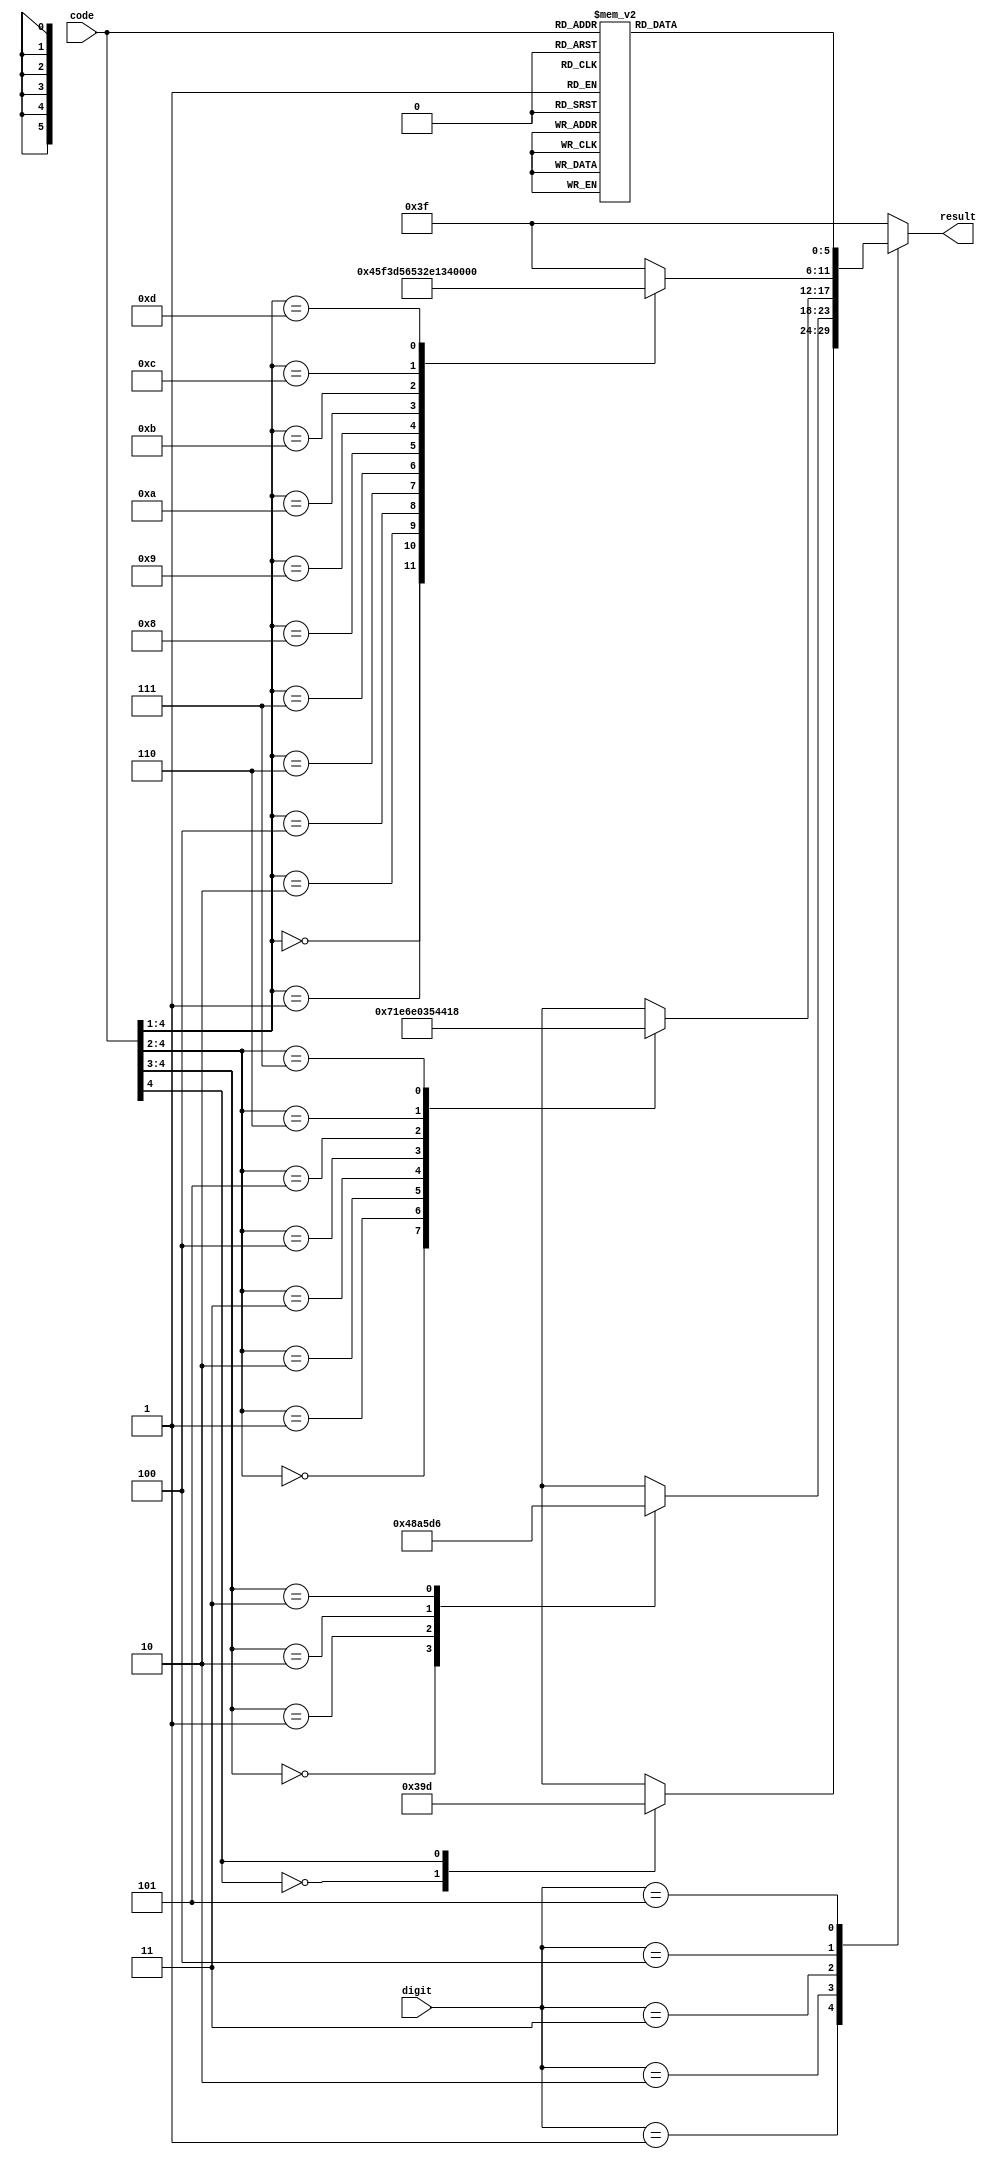
`timescale 1ns / 1ps

module decoder(
input [4 : 0]code,
input [2 : 0]digit,
output reg[5 : 0]result
);

always @(*) begin
    case(digit)
        1:
        casex(code)
            5'b0xxxx: result = 6'b001110;//E
            5'b1xxxx: result = 6'b011101;//T
            default: result = 6'b111111;
        endcase
        2:
        casex(code)
            5'b00xxx: result = 6'b010010;//I
            5'b01xxx: result = 6'b001010;//A
            5'b10xxx: result = 6'b010111;//N
            5'b11xxx: result = 6'b010110;//M
        endcase
        3:
        casex (code)
            5'b000xx: result = 6'b011100;//S
            5'b001xx: result = 6'b011110;//U
            5'b010xx: result = 6'b011011;//R
            5'b011xx: result = 6'b100000;//W
            5'b100xx: result = 6'b001101;//D
            5'b101xx: result = 6'b010100;//K
            5'b110xx: result = 6'b010000;//G
            5'b111xx: result = 6'b011000;//O 
            default: result = 6'b111111;
        endcase
        4:
        casex (code)
            5'b0000x: result = 6'b010001;//H
            5'b0001x: result = 6'b011111;//V
            5'b0010x: result = 6'b001111;//F
            5'b0100x: result = 6'b010101;//L
            5'b0110x: result = 6'b011001;//P
            5'b0111x: result = 6'b010011;//J
            5'b1000x: result = 6'b001011;//B
            5'b1001x: result = 6'b100001;//X
            5'b1010x: result = 6'b001100;//C
            5'b1011x: result = 6'b100010;//Y
            5'b1100x: result = 6'b100011;//Z
            5'b1101x: result = 6'b011010;//Q
            default: result = 6'b111111;
        endcase
        5:
        case (code)
            5'b01111: result = 6'b000001;//1
            5'b00111: result = 6'b000010;//2
            5'b00011: result = 6'b000011;//3
            5'b00001: result = 6'b000100;//4
            5'b00000: result = 6'b000101;//5
            5'b10000: result = 6'b000110;//6
            5'b11000: result = 6'b000111;//7
            5'b11100: result = 6'b001000;//8
            5'b11110: result = 6'b001001;//9
            5'b11111: result = 6'b000000;//0 
            default: result = 6'b111111;
        endcase
        default: result = 6'b111111;
    endcase
end
endmodule